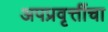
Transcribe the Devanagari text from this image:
अपप्रवृत्तींचा